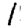
Digit: 1